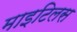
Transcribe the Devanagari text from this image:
माइटिलस